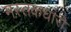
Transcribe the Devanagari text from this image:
मस्तकधारी